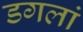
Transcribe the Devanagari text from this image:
डगलां